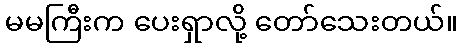
မမကြီးက ပေးရှာလို့ တော်သေးတယ်။